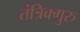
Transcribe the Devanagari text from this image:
तंत्रिक्गुरु